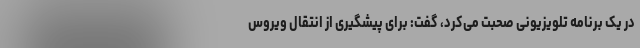
در یک برنامه تلویزیونی صحبت می‌کرد، گفت: برای پیشگیری از انتقال ویروس